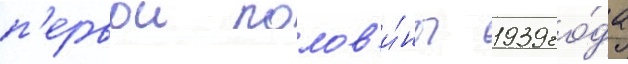
п'ервои полов'и́ны 1939 го́да